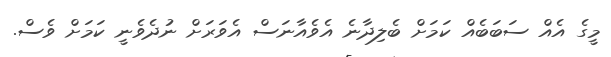
މީގެ އެއް ސަބަބެއް ކަމަށް ބެލިދާނެ އެވެއާނަސް އެވަރަށް ނުދެވެނީ ކަމަށް ވެސް.